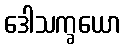
ဒေါသက္ခယော